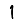
Digit: 1